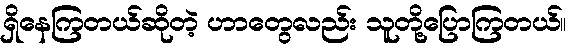
ရှိနေကြတယ်ဆိုတဲ့ ဟာတွေလည်း သူတို့ပြောကြတယ်။